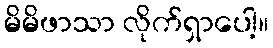
မိမိဖာသာ လိုက်ရှာပေါ့။